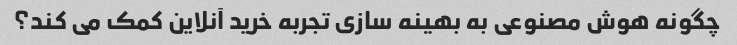
چگونه هوش مصنوعی به بهینه سازی تجربه خرید آنلاین کمک می کند؟